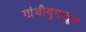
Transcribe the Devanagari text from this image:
गांधीयुगातून